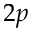
2 p